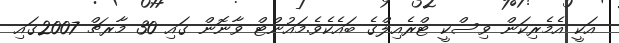
އަކީ އެމެރިކަން ވިސްކީ ޓްރެއިލްގެ ބައެކެވެ.މައުންޓް ވާނޮން ގައި 30 މާރޗް 2007ގައި